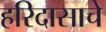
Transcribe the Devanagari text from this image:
हरिदासाचे